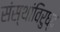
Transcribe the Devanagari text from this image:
संस्थांविरुध्द